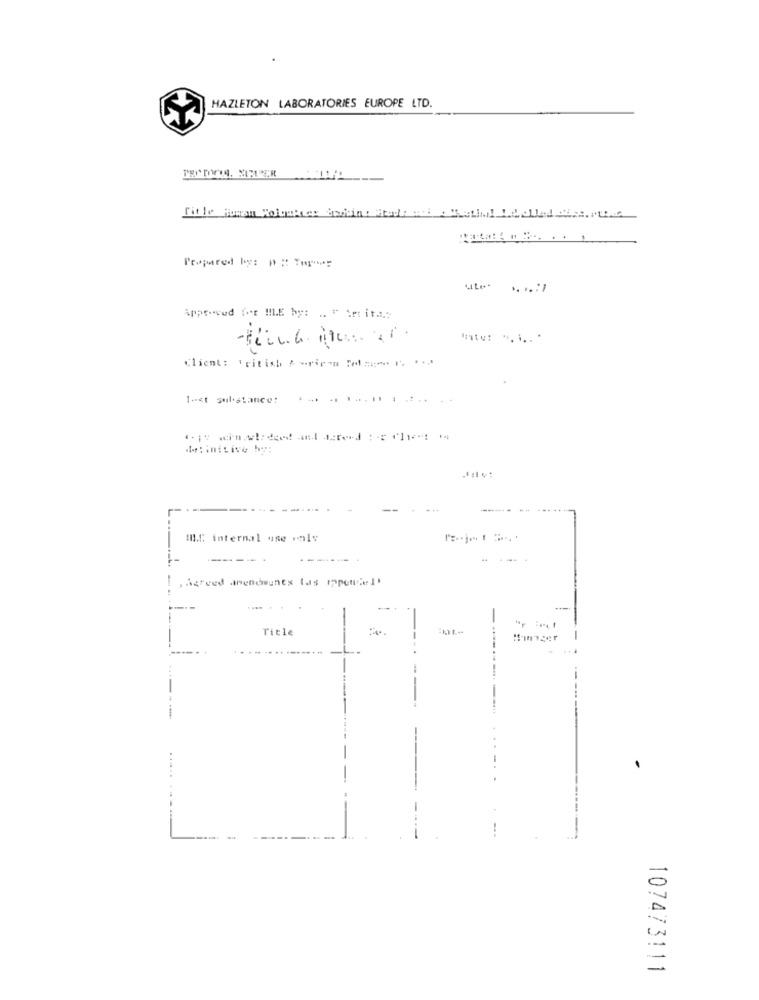
HAZLETON LABORATORIES EUROPE LTD.
Prepared by: 0 :: Tmp *=
Approved for !! LE by: .. " Set ita .:
Client: Fritish Aorigem Foto ...
1-st substance:
:iniLive by:
----
MIL.C. internal use valy
------
-
,Agreed amendments las ippendelt
Title
=
......
.......
--
--
107473111